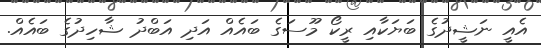
އެއީ ނަޝީދުގެ ބަޔަކާއި ރީކޯ މޫސަގެ ބައެއް އަދި އަބްދު ޝާހިދުގެ ބައެއް.